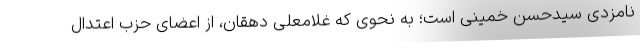
نامزدی سیدحسن خمینی است؛ به نحوی که غلامعلی دهقان، از اعضای حزب اعتدال